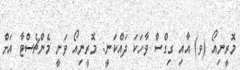
މޮރީނިއޯ (ވ) އާއި ގިގްސް ވާހަކަ ދައްކަނީ: މޮރީނިއޯ ވަނީ މެންޗެސްޓާ އަށް